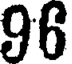
96